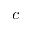
c